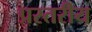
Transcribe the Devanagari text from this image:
प्रस्तरीय